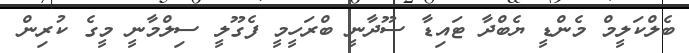
ބެލްކަލީމް މެންޑީ ޔެބްދާ ޓައިޑާ ސޫދާނީ ބްރަހީމީ ފެގޫލީ ސިލްމާނީ މީގެ ކުރިން